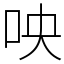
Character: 咉